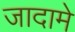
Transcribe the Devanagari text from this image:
जादामे